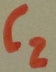
Text: C2